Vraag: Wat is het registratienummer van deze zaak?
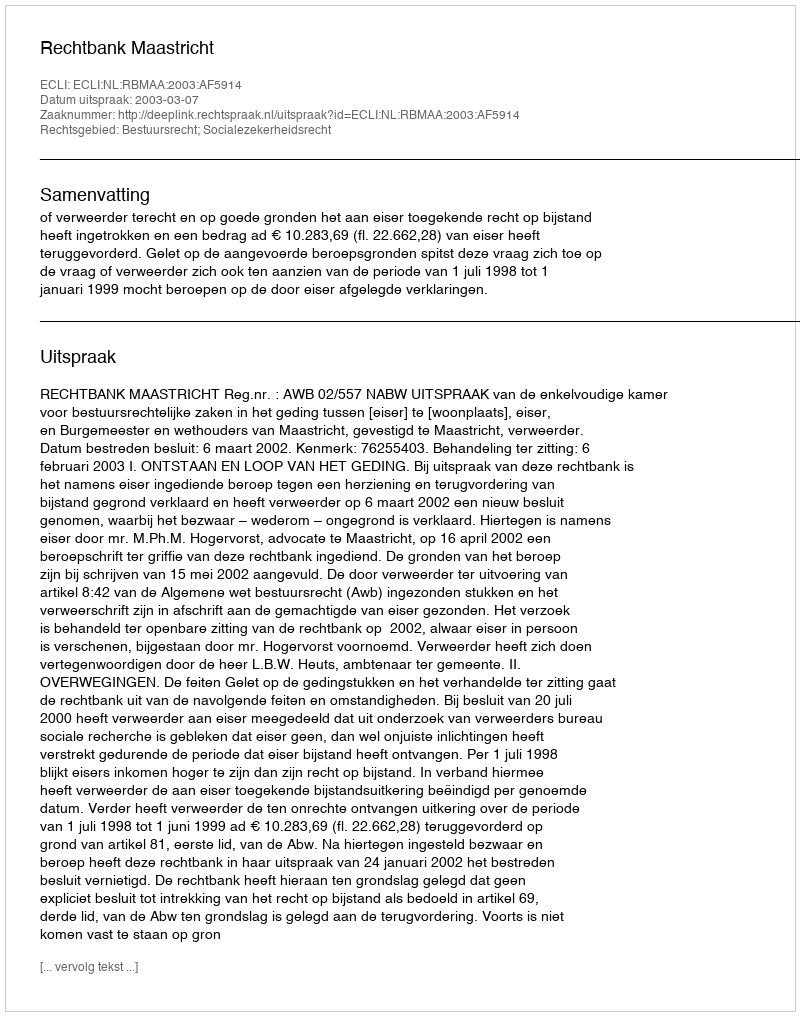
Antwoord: http://deeplink.rechtspraak.nl/uitspraak?id=ECLI:NL:RBMAA:2003:AF5914